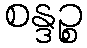
စန္ဒဉ္စ